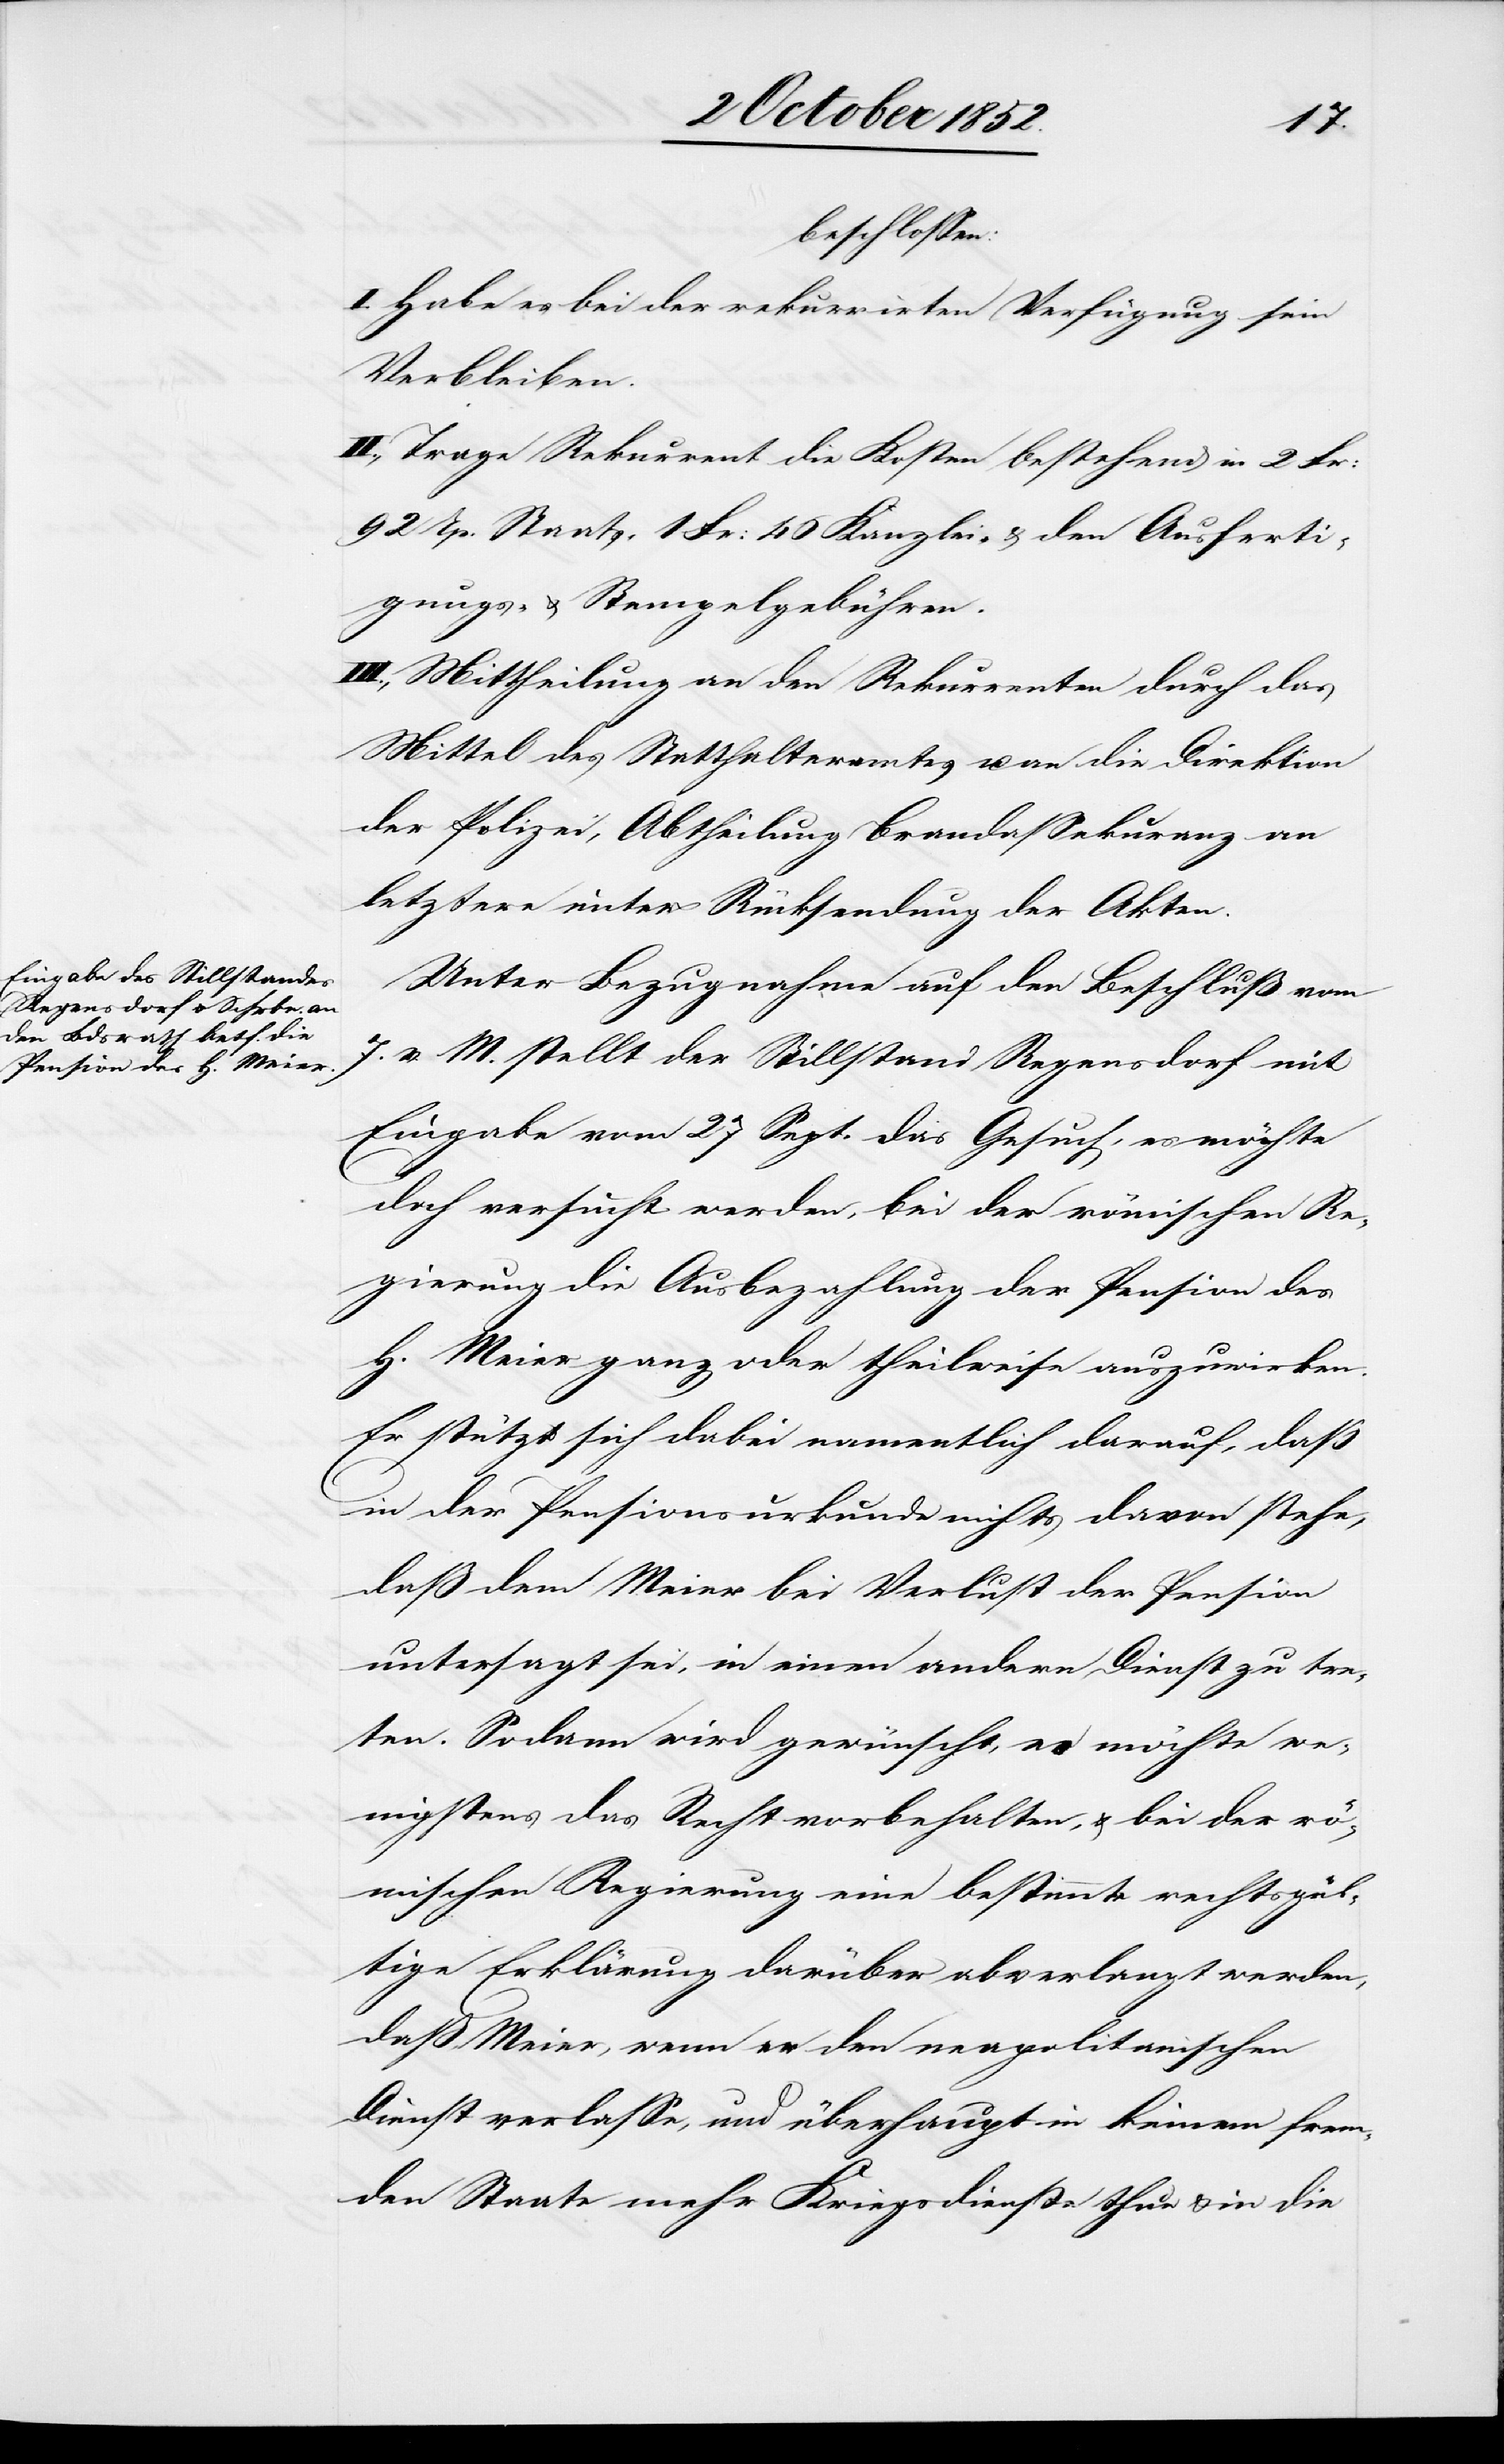
beschlossen:
I. Habe es bei der rekurrirten Verfügung sein
Verbleiben.
II., Trage Rekurrent die Kosten bestehend in 2 Fr:
92 Rp. Staats-[,] 1 Fr: 46 Kanzlei- & den Ausferti¬
gungs- & Stempelgebühren.
III., Mittheilung an den Rekurrenten durch das
Mittel des Statthalteramtes u. an die Direktion
der Polizei, Abtheilung Brandassekuranz an
letztere unter Rücksendung der Akten.
Unter Bezugnahme auf den Beschluß vom
7. v. M. stellt der Stillstand Regensdorf mit
Eingabe vom 27 Sept. das Gesuch, es möchte
doch versucht werden, bei der römischen Re¬
gierung die Ausbezahlung der Pension des
H. Meier ganz oder theilweise auszuwirken.
Er stützt sich dabei namentlich darauf, daß
in der Pensionsurkunde nichts davon stehe,
daß dem Meier bei Verlust der Pension
untersagt sei, in einen andern Dienst zu tre¬
ten. Sodann wird gewünscht, es möchte we¬
nigstens das Recht vorbehalten, & bei der rö¬
mischen Regierung eine bestimmte rechtsgül¬
tige Erklärung darüber abverlangt werden,
daß Meier, wenn er den neapolitanischen
Dienst verlasse, und überhaupt in keinem frem¬
den Staate mehr Kriegsdienste thue & in die